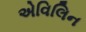
એવિલિન